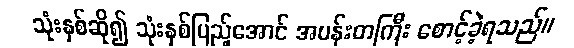
သုံးနှစ်ဆို၍ သုံးနှစ်ပြည့်အောင် အပန်းတကြီး စောင့်ခဲ့ရသည်။